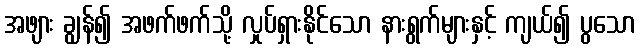
အဖျား ချွန်၍ အဖက်ဖက်သို့ လှုပ်ရှားနိုင်သော နားရွက်များနှင့် ကျယ်၍ ပွသော